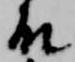
殿